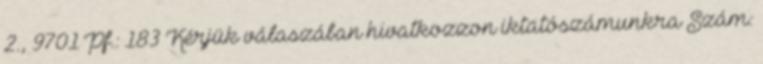
2., 9701 Pf.: 183 Kérjük válaszában hivatkozzon iktatószámunkra Szám: